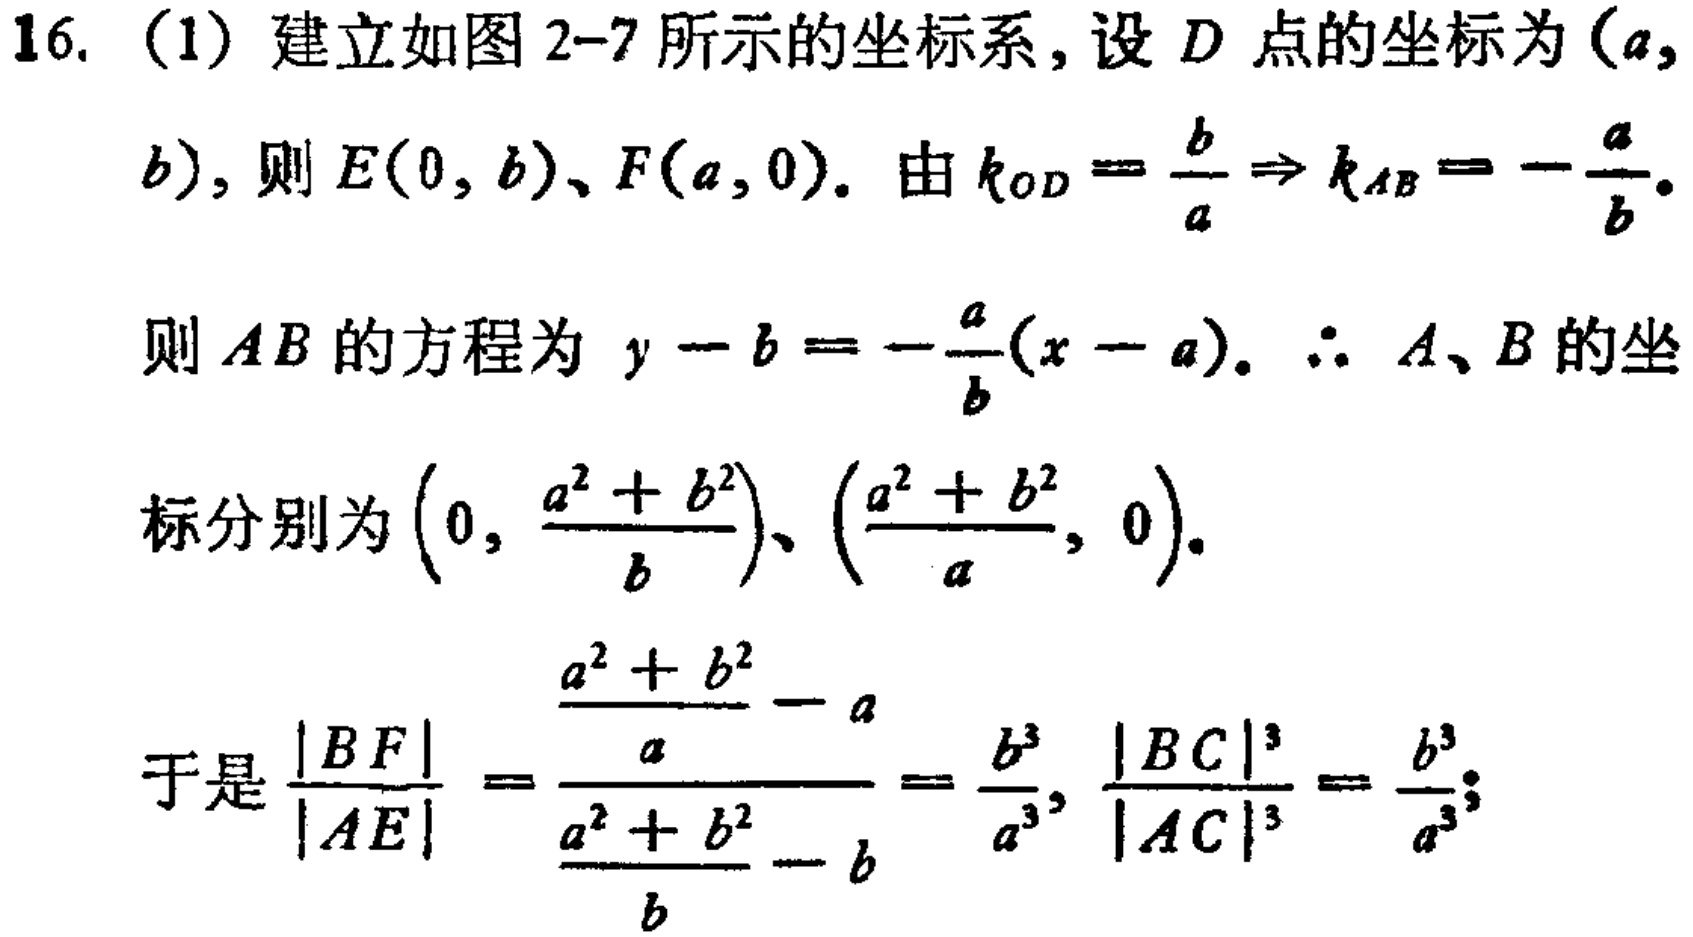
16. (1) 建立如图 2-7 所示的坐标系，设 \(D\) 点的坐标为 \((a,b)\)，则 \(E(0,b)\)、\(F(a,0)\)。由 \(k_{OD}=\frac{b}{a}\Rightarrow k_{AB}=-\frac{a}{b}\)。
则 \(AB\) 的方程为 \(y - b=-\frac{a}{b}(x - a)\)。\(\therefore A\)、\(B\) 的坐标分别为 \(\left(0,\frac{a^{2}+b^{2}}{b}\right)\)、\(\left(\frac{a^{2}+b^{2}}{a},0\right)\)。
于是 \(\frac{|BF|}{|AE|}=\frac{\frac{a^{2}+b^{2}}{a}-a}{\frac{a^{2}+b^{2}}{b}-b}=\frac{b^{3}}{a^{3}}\)，\(\frac{|BC|^{3}}{|AC|^{3}}=\frac{b^{3}}{a^{3}}\)；